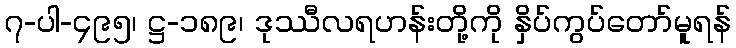
၇-ပါ-၄၉၅၊ ဋ္ဌ-၁၈၉၊ ဒုဿီလရဟန်းတို့ကို နှိပ်ကွပ်တော်မူရန်